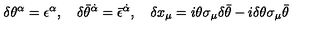
\delta \theta ^ { \alpha } = \epsilon ^ { \alpha } , \quad \delta \bar { \theta } ^ { \dot { \alpha } } = \bar { \epsilon } ^ { \dot { \alpha } } , \quad \delta x _ { \mu } = i \theta \sigma _ { \mu } \delta \bar { \theta } - i \delta \theta \sigma _ { \mu } \bar { \theta }